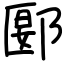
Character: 郾